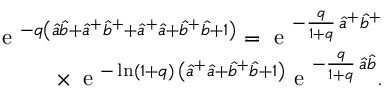
\begin{array} { r } { \textrm { e } ^ { - q { \left( { \hat { a } } { \hat { b } } + { { \hat { a } } } ^ { + } { { \hat { b } } } ^ { + } + { { \hat { a } } } ^ { + } { \hat { a } } + { { \hat { b } } } ^ { + } { \hat { b } } + 1 \right) } } = \textrm { e } ^ { - \frac { q } { 1 + q } \, { { \hat { a } } } ^ { + } { { \hat { b } } } ^ { + } } } \\ { \times \, \textrm { e } ^ { - \ln ( 1 + q ) \, \left( { \hat { a } } ^ { + } { \hat { a } } + { \hat { b } } ^ { + } { \hat { b } } + 1 \right) } \textrm { e } ^ { - \frac { q } { 1 + q } \, { \hat { a } } { \hat { b } } } . } \end{array}